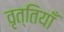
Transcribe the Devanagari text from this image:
वृत्तियॉँ